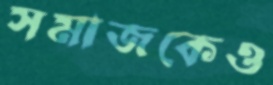
সমাজকেও